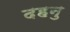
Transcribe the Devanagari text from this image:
दहनु